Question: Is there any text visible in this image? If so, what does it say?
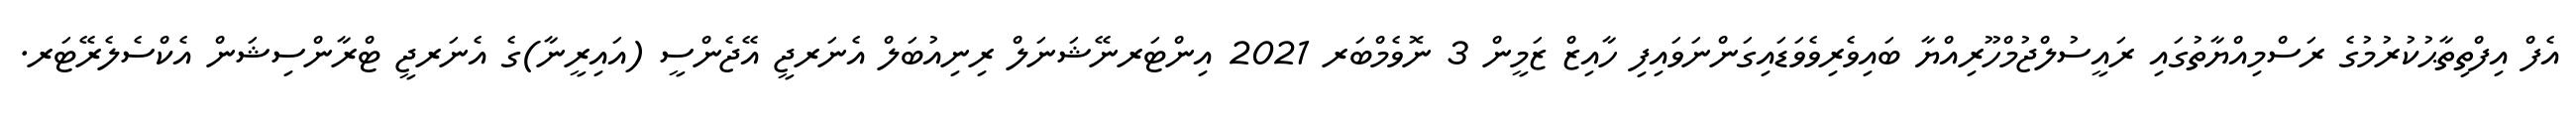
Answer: އެފް އިފްތިތާޙުކުރުމުގެ ރަސްމިއްޔާތުގައި ރައީސުލްޖުމްހޫރިއްޔާ ބައިވެރިވެވަޑައިގަންނަވައިފި ހާއިޒް ޒަމީން 3 ނޮވެމްބަރ 2021 އިންޓަރނޭޝަނަލް ރިނިއުބަލް އެނަރޖީ އޭޖެންސީ (އައިރީނާ)ގެ އެނަރޖީ ޓްރާންސިޝަން އެކްސެލެރޭޓަރ.